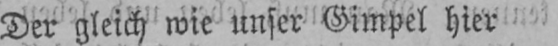
Der gleich wie unser Gimpel hier